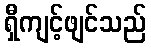
ရှီကျင့်ဖျင်သည်